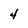
Character: 4